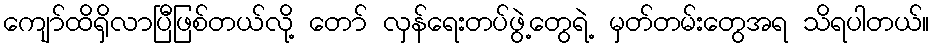
ကျော်ထိရှိလာပြီဖြစ်တယ်လို့ တော် လှန်ရေးတပ်ဖွဲ့တွေရဲ့ မှတ်တမ်းတွေအရ သိရပါတယ်။